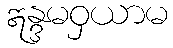
ဣန္ဒမဝှယာမ